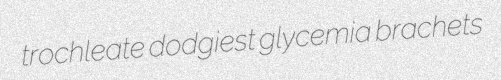
trochleate dodgiest glycemia brachets